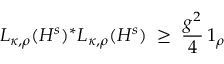
L _ { \kappa , \rho } ( H ^ { s } ) ^ { * } L _ { \kappa , \rho } ( H ^ { s } ) \; \geq \; \frac { g ^ { 2 } } { 4 } \, \boldsymbol { 1 } _ { \rho }